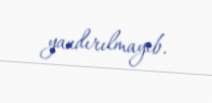
yandırılmayıb.